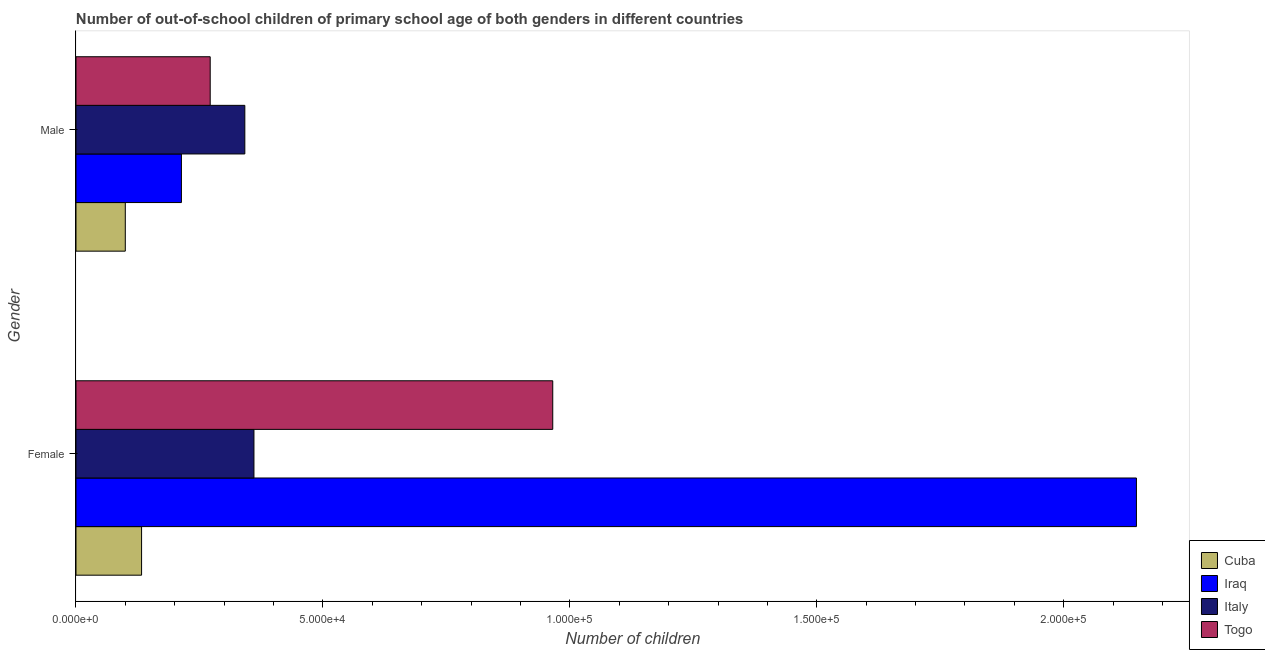
| Gender | Cuba | Iraq | Italy | Togo |
 | --- | --- | --- | --- | --- |
 | Female | 1.33e+04 | 2.15e+05 | 3.6e+04 | 9.65e+04 |
 | Male | 9.98e+03 | 2.13e+04 | 3.42e+04 | 2.72e+04 |